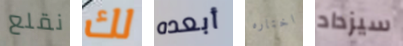
نقلع لك أبعده اختاره سيزداد